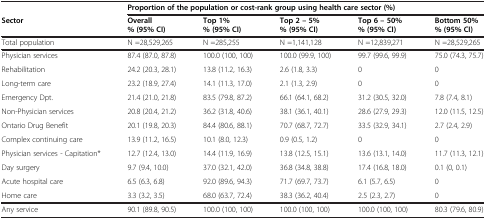
<table><thead><tr><td></td><td colspan="5"><b>Proportion of the population or cost-rank group using health care sector (%)</b></td></tr><tr><td><b>Sector</b></td><td><b>Overall % (95% CI)</b></td><td><b>Top 1% % (95% CI)</b></td><td><b>Top 2 – 5% % (95% CI)</b></td><td><b>Top 6 – 50% % (95% CI)</b></td><td><b>Bottom 50% % (95% CI)</b></td></tr></thead><tbody><tr><td>Total population</td><td>N =28,529,265</td><td>N =285,255</td><td>N =1,141,128</td><td>N =12,839,271</td><td>N =28,529,265</td></tr><tr><td>Physician services</td><td>87.4 (87.0, 87.8)</td><td>100.0 (100, 100)</td><td>100.0 (99.9, 100)</td><td>99.7 (99.6, 99.9)</td><td>75.0 (74.3, 75.7)</td></tr><tr><td>Rehabilitation</td><td>24.2 (20.3, 28.1)</td><td>13.8 (11.2, 16.3)</td><td>2.6 (1.8, 3.3)</td><td>0</td><td>0</td></tr><tr><td>Long-term care</td><td>23.2 (18.9, 27.4)</td><td>14.1 (11.3, 17.0)</td><td>2.1 (1.3, 2.9)</td><td>0</td><td>0</td></tr><tr><td>Emergency Dpt.</td><td>21.4 (21.0, 21.8)</td><td>83.5 (79.8, 87.2)</td><td>66.1 (64.1, 68.2)</td><td>31.2 (30.5, 32.0)</td><td>7.8 (7.4, 8.1)</td></tr><tr><td>Non-Physician services</td><td>20.8 (20.4, 21.2)</td><td>36.2 (31.8, 40.6)</td><td>38.1 (36.1, 40.1)</td><td>28.6 (27.9, 29.3)</td><td>12.0 (11.5, 12.5)</td></tr><tr><td>Ontario Drug Benefit</td><td>20.1 (19.8, 20.3)</td><td>84.4 (80.6, 88.1)</td><td>70.7 (68.7, 72.7)</td><td>33.5 (32.9, 34.1)</td><td>2.7 (2.4, 2.9)</td></tr><tr><td>Complex continuing care</td><td>13.9 (11.2, 16.5)</td><td>10.1 (8.0, 12.3)</td><td>0.9 (0.5, 1.2)</td><td>0</td><td>0</td></tr><tr><td>Physician services - Capitation*</td><td>12.7 (12.4, 13.0)</td><td>14.4 (11.9, 16.9)</td><td>13.8 (12.5, 15.1)</td><td>13.6 (13.1, 14.0)</td><td>11.7 (11.3, 12.1)</td></tr><tr><td>Day surgery</td><td>9.7 (9.4, 10.0)</td><td>37.0 (32.1, 42.0)</td><td>36.8 (34.8, 38.8)</td><td>17.4 (16.8, 18.0)</td><td>0.1 (0, 0.1)</td></tr><tr><td>Acute hospital care</td><td>6.5 (6.3, 6.8)</td><td>92.0 (89.6, 94.3)</td><td>71.7 (69.7, 73.7)</td><td>6.1 (5.7, 6.5)</td><td>0</td></tr><tr><td>Home care</td><td>3.3 (3.2, 3.5)</td><td>68.0 (63.7, 72.4)</td><td>38.3 (36.2, 40.4)</td><td>2.5 (2.3, 2.7)</td><td>0</td></tr><tr><td>Any service</td><td>90.1 (89.8, 90.5)</td><td>100.0 (100, 100)</td><td>100.0 (100, 100)</td><td>100.0 (100, 100)</td><td>80.3 (79.6, 80.9)</td></tr></tbody></table>